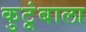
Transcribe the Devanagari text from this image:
कुटूंबाला